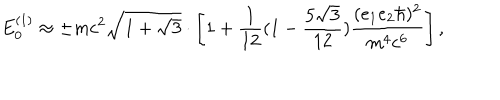
LaTeX: E _ { 0 } ^ { ( 1 ) } \approx \pm m c ^ { 2 } \sqrt { 1 + \sqrt { 3 } } \cdot \left[ 1 + \frac { 1 } { 1 2 } ( 1 - \frac { 5 \sqrt { 3 } } { 1 2 } ) \frac { ( e _ { 1 } e _ { 2 } { \hbar } ) ^ { 2 } } { m ^ { 4 } c ^ { 6 } } \right] ,